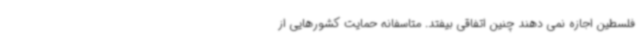
فلسطین اجازه نمی دهند چنین اتفاقی بیفتد. متاسفانه حمایت کشورهایی از